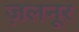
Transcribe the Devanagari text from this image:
ज़लनूर